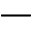
-